Report on vaccination in Madras 1877-1894 - 1877-1894
Year: 1877
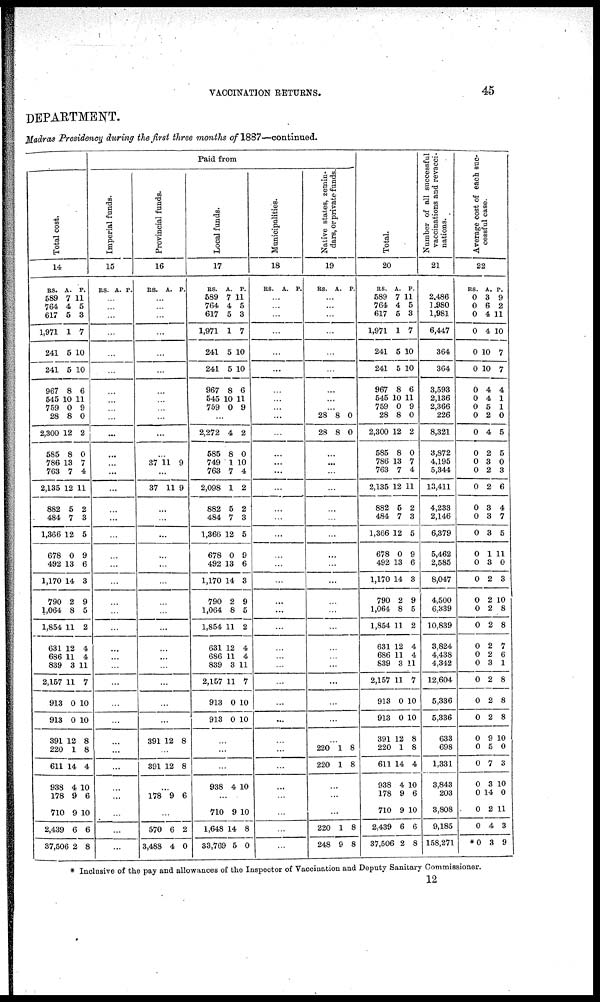
VACCINATION RETURNS.
45
DEPARTMENT.
Madras Presidency during the first three months of 1887—continued.
Total cost.
14
RS.
589
764
617
1,971
241
241
967
545
759
28
2,300
585
786
763
2,135
882
484
1,366
678
492
1,170
790
1,064
1,854
631
686
839
2,157
913
913
391
220
611
938
178
710
2,439
37,506
A.
7
4
5
1
5
5
8
10
0
8
12
8
13
7
12
5
7
12
0
13
14
2
8
11
12
11
3
11
0
0
12
1
14
4
9
9
6
2
P.
11
5
3
7
10
10
6
11
9
0
2
0
7
4
11
2
3
5
9
6
3
9
5
2
4
4
11
7
10
10
8
8
4
10
6
10
6
8
Paid from
Imperial funds.
15
RS. A. P.
...
...
...
...
...
...
...
...
...
...
...
...
...
...
...
...
...
...
...
...
...
...
...
...
...
...
...
...
...
...
...
...
...
...
...
...
...
...
Provincial funds.
16
RS. A. P.
...
...
...
...
...
...
...
...
...
...
...
...
37 11 9
...
37 11 9
...
...
...
...
...
...
...
...
...
...
...
...
...
...
...
391 12 8
...
391 12 8
...
178 9 6
...
570
3,488
6
4
2
0
Local funds.
17
RS.
589
764
617
1,971
241
241
967
545
759
A.
7
4
5
1
5
5
8
10
0
P.
11
5
3
7
10
10
6
11
9
...
2,272
585
749
763
2,098
882
484
1,366
678
492
1,170
790
1,064
1,854
631
686
839
2,157
913
913
4
8
1
7
1
5
7
12
0
13
14
2
8
11
12
11
3
11
0
0
2
0
10
4
2
2
3
5
9
6
3
9
5
2
4
4
11
7
10
10
...
...
...
938 4 10
...
710
1,648
33,769
9
14
5
10
8
0
Municipalities.
18
RS. A. P.
...
...
...
...
...
...
...
...
...
...
...
...
...
...
...
...
...
...
...
...
...
...
...
...
...
...
...
...
...
...
...
...
...
...
...
...
...
...
Native states, zemin-
dars, or private funds.
19
RS. A. P.
...
...
...
...
...
...
...
...
...
28
28
8
8
0
0
...
...
...
...
...
...
...
...
...
...
...
...
...
...
...
...
...
...
...
...
220
220
1
1
8
8
...
...
...
220
248
1
9
8
8
Total.
20
RS.
589
764
617
1,971
241
241
967
545
759
28
2,300
585
786
763
2,135
882
484
1,366
678
492
1,170
790
1,064
1,854
631
686
839
2,157
913
913
391
220
611
938
178
710
2,439
37,506
A.
7
4
5
1
5
5
8
10
0
8
12
8
13
7
12
5
7
12
0
13
14
2
8
11
12
11
3
11
0
0
12
1
14
4
9
9
6
2
P.
11
5
3
7
10
10
6
11
9
0
2
0
7
4
11
2
3
5
9
6
3
9
5
2
4
4
11
7
10
10
8
8
4
10
6
10
6
8
Number of all successful
vaccinations and revacci-
nations.
21
2,486
1,980
1,981
6,447
364
364
3,593
2,136
2,366
226
8,321
3,872
4,195
5,344
13,411
4,233
2,146
6,379
5,462
2,585
8,047
4,500
6,339
10,839
3,824
4,438
4,342
12,604
5,336
5,336
633
698
1,331
3,843
203
3,808
9,185
158,271
Average cost of each suc-
cessful case.
22
RS.
0
0
0
0
0
0
0
0
0
0
0
0
0
0
0
0
0
0
0
0
0
0
0
0
0
0
0
0
0
0
0
0
0
0
0
0
0
*0
A.
3
6
4
4
10
10
4
4
5
2
4
2
3
2
2
3
3
3
1
3
2
2
2
2
2
2
3
2
2
2
9
5
7
3
14
2
4
3
P.
9
2
11
10
7
7
4
1
1
0
5
5
0
3
6
4
7
5
11
0
3
10
8
8
7
6
1
8
8
8
10
0
3
10
0
11
3
9
* Inclusive of the pay and allowances of the Inspector of Vaccination and Deputy Sanitary Commissioner.
12